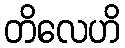
တိလေဟိ